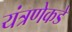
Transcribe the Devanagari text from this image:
यंत्रणेकडे